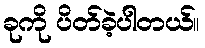
ခုကို ပိတ်ခဲ့ပါတယ်။